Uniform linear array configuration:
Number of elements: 24
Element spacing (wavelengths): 0.5
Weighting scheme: exponential
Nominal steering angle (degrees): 60
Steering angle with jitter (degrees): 61.978
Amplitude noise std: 0.05
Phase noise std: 0.05

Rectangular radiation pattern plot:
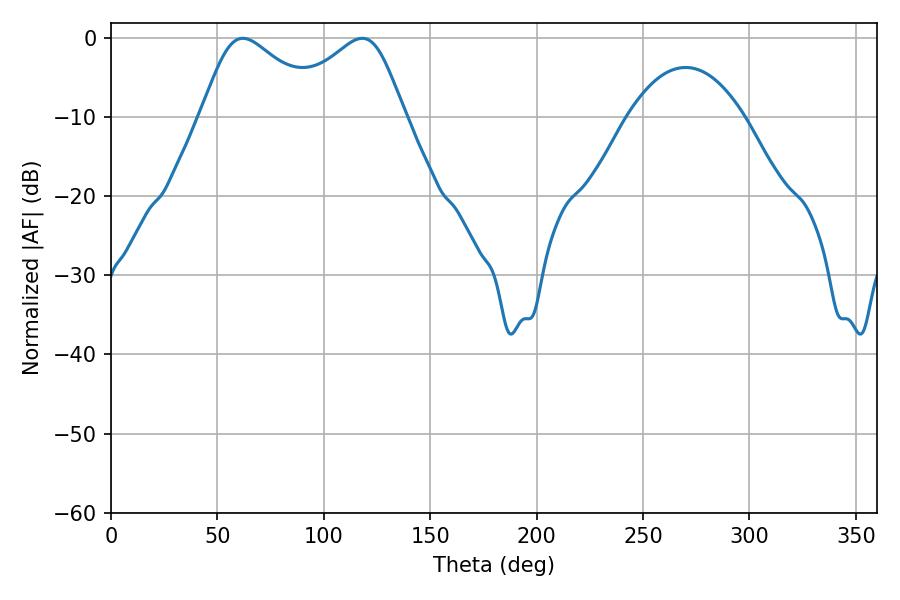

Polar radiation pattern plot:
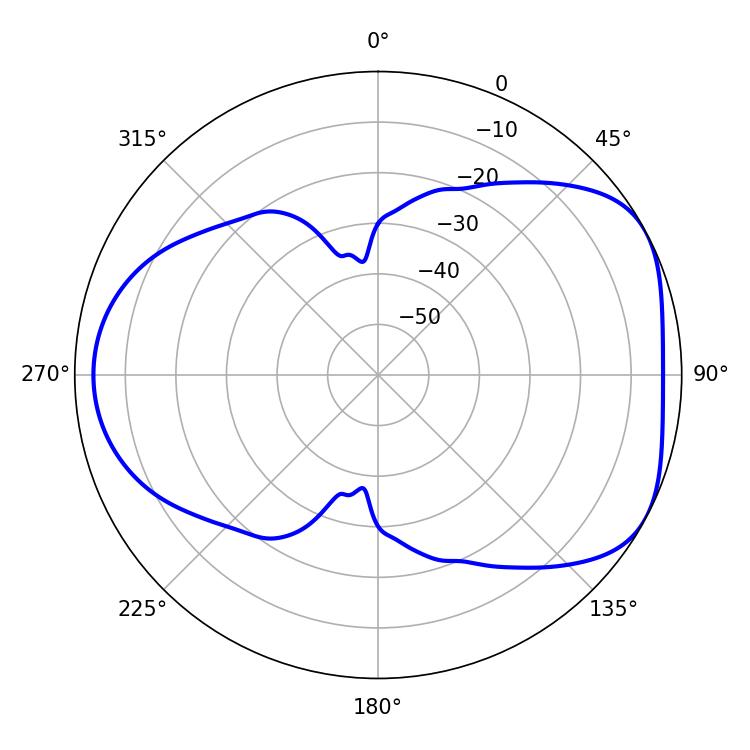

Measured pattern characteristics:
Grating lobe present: FALSE
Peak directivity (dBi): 4.896
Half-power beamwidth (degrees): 29.16
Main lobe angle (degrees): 61.92